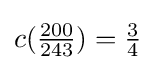
c({\tfrac {200}{243}})={\tfrac {3}{4}}